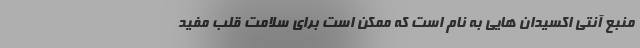
منبع آنتی اکسیدان هایی به نام است که ممکن است برای سلامت قلب مفید